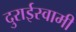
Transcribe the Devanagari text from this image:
दुराईस्वामी